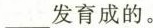
___发育成的。